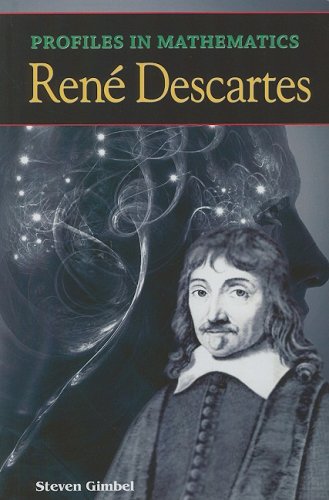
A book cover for Rene Descartes (Profiles in Mathematics); Steven Gimbel; Teen & Young Adult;